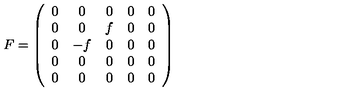
F = \left( \begin{array} { c c c c c } { 0 } & { 0 } & { 0 } & { 0 } & { 0 } \\ { 0 } & { 0 } & { f } & { 0 } & { 0 } \\ { 0 } & { - f } & { 0 } & { 0 } & { 0 } \\ { 0 } & { 0 } & { 0 } & { 0 } & { 0 } \\ { 0 } & { 0 } & { 0 } & { 0 } & { 0 } \\ \end{array} \right)